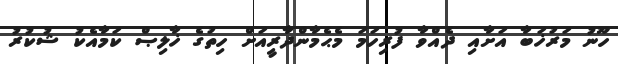
ހޫނު މަރުޚަބާ އަށާއި ދެއްވާ ފުރިހަމަ މެޙެމާންދާރީއަށް ހިތުގެ ޚާލިޞް ކަމާއެކު ޝުކުރު